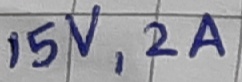
Text: 15V,2A